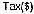
TAX($)